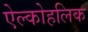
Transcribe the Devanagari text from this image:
ऐल्कोहलिक